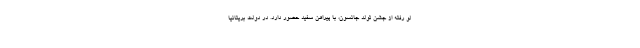
لو رفته از جشن تولد جانسون، با پیراهن سفید حضور دارد. در دولت بریتانیا